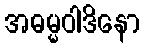
အဓမ္မဝါဒိနော